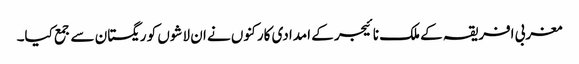
مغربی افریقہ کے ملک نائیجر کے امدادی کارکنوں نے ان لاشوں کو ریگستان سے جمع کیا۔